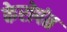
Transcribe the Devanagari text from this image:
केरोपंत